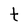
Character: t